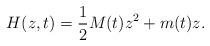
LaTeX: \begin{align*}H(z,t)=\frac{1}{2}M(t)z^{2}+m(t)z. \end{align*}